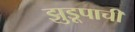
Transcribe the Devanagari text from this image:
झुडूपाची